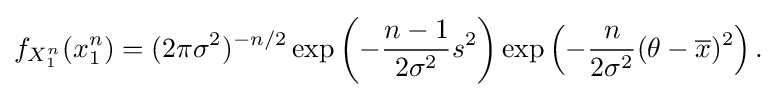
{\begin{aligned}f_{X_{1}^{n}}(x_{1}^{n})=(2\pi \sigma ^{2})^{-n/2}\exp \left(-{\frac {n-1}{2\sigma ^{2}}}s^{2}\right)\exp \left(-{\frac {n}{2\sigma ^{2}}}(\theta -{\overline {x}})^{2}\right).\end{aligned}}